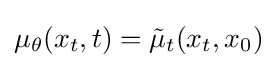
\mu _{\theta }(x_{t},t)={\tilde {\mu }}_{t}(x_{t},x_{0})